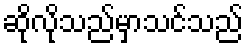
ဆိုလိုသည်မှာသင်သည်